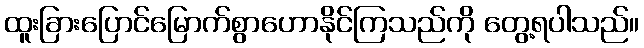
ထူးခြားပြောင်မြောက်စွာဟောနိုင်ကြသည်ကို တွေ့ရပါသည်။